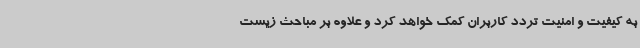
به کیفیت و امنیت تردد کاربران کمک خواهد کرد و علاوه بر مباحث زیست